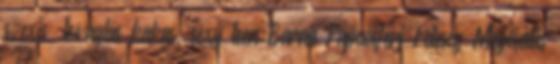
szexis, lovaglás kakas, sexy teen Barna Papucsférj Feleség Megcsalás